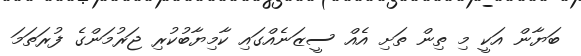
ބަޔާން އަކީ މި ތިން ތަށި އެއް ސީޒަނެއްގައި ކާމިޔާބުކުރި ޖަރުމަންގެ ފުރަތަމަ